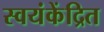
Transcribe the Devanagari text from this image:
स्वयंकेंद्रित